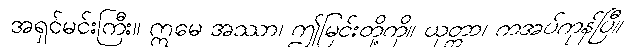
အရှင်မင်းကြီး။ ဣမေ အဿာ၊ ဤမြင်းတို့ကို။ ယုတ္တာ၊ ကအပ်ကုန်ပြီ။